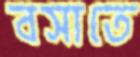
বসাতে